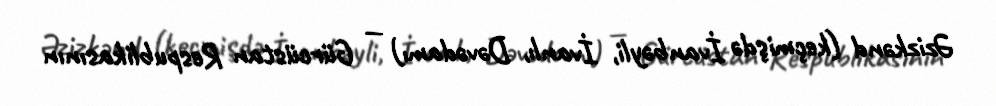
Əzizkənd (keçmişdə İvanbəyli, İvanlı, Dəvədamı) — Gürcüstan Respublikasının